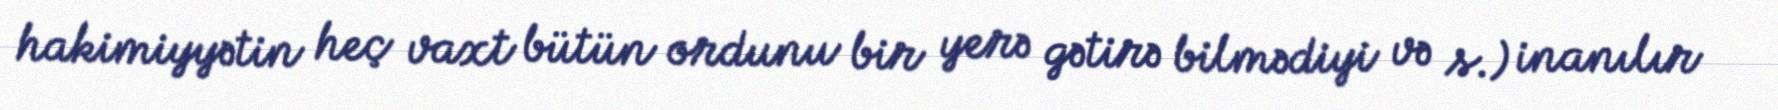
hakimiyyətin heç vaxt bütün ordunu bir yerə gətirə bilmədiyi və s.) inanılır